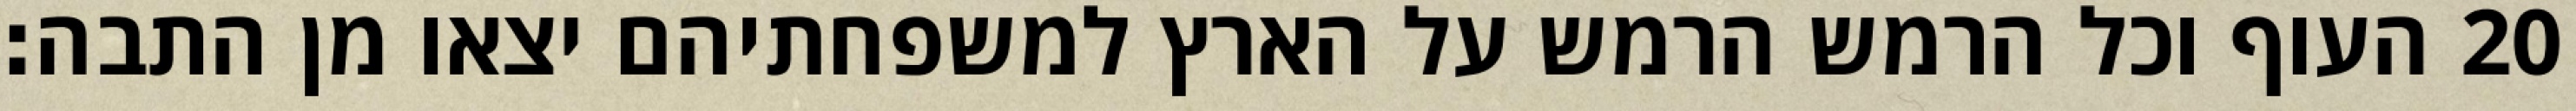
העוף וכל הרמש הרמש על הארץ למשפחתיהם יצאו מן התבה׃ ‎20‏